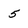
Character: 5